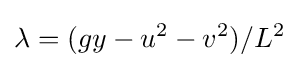
\lambda =(gy-u^{2}-v^{2})/L^{2}